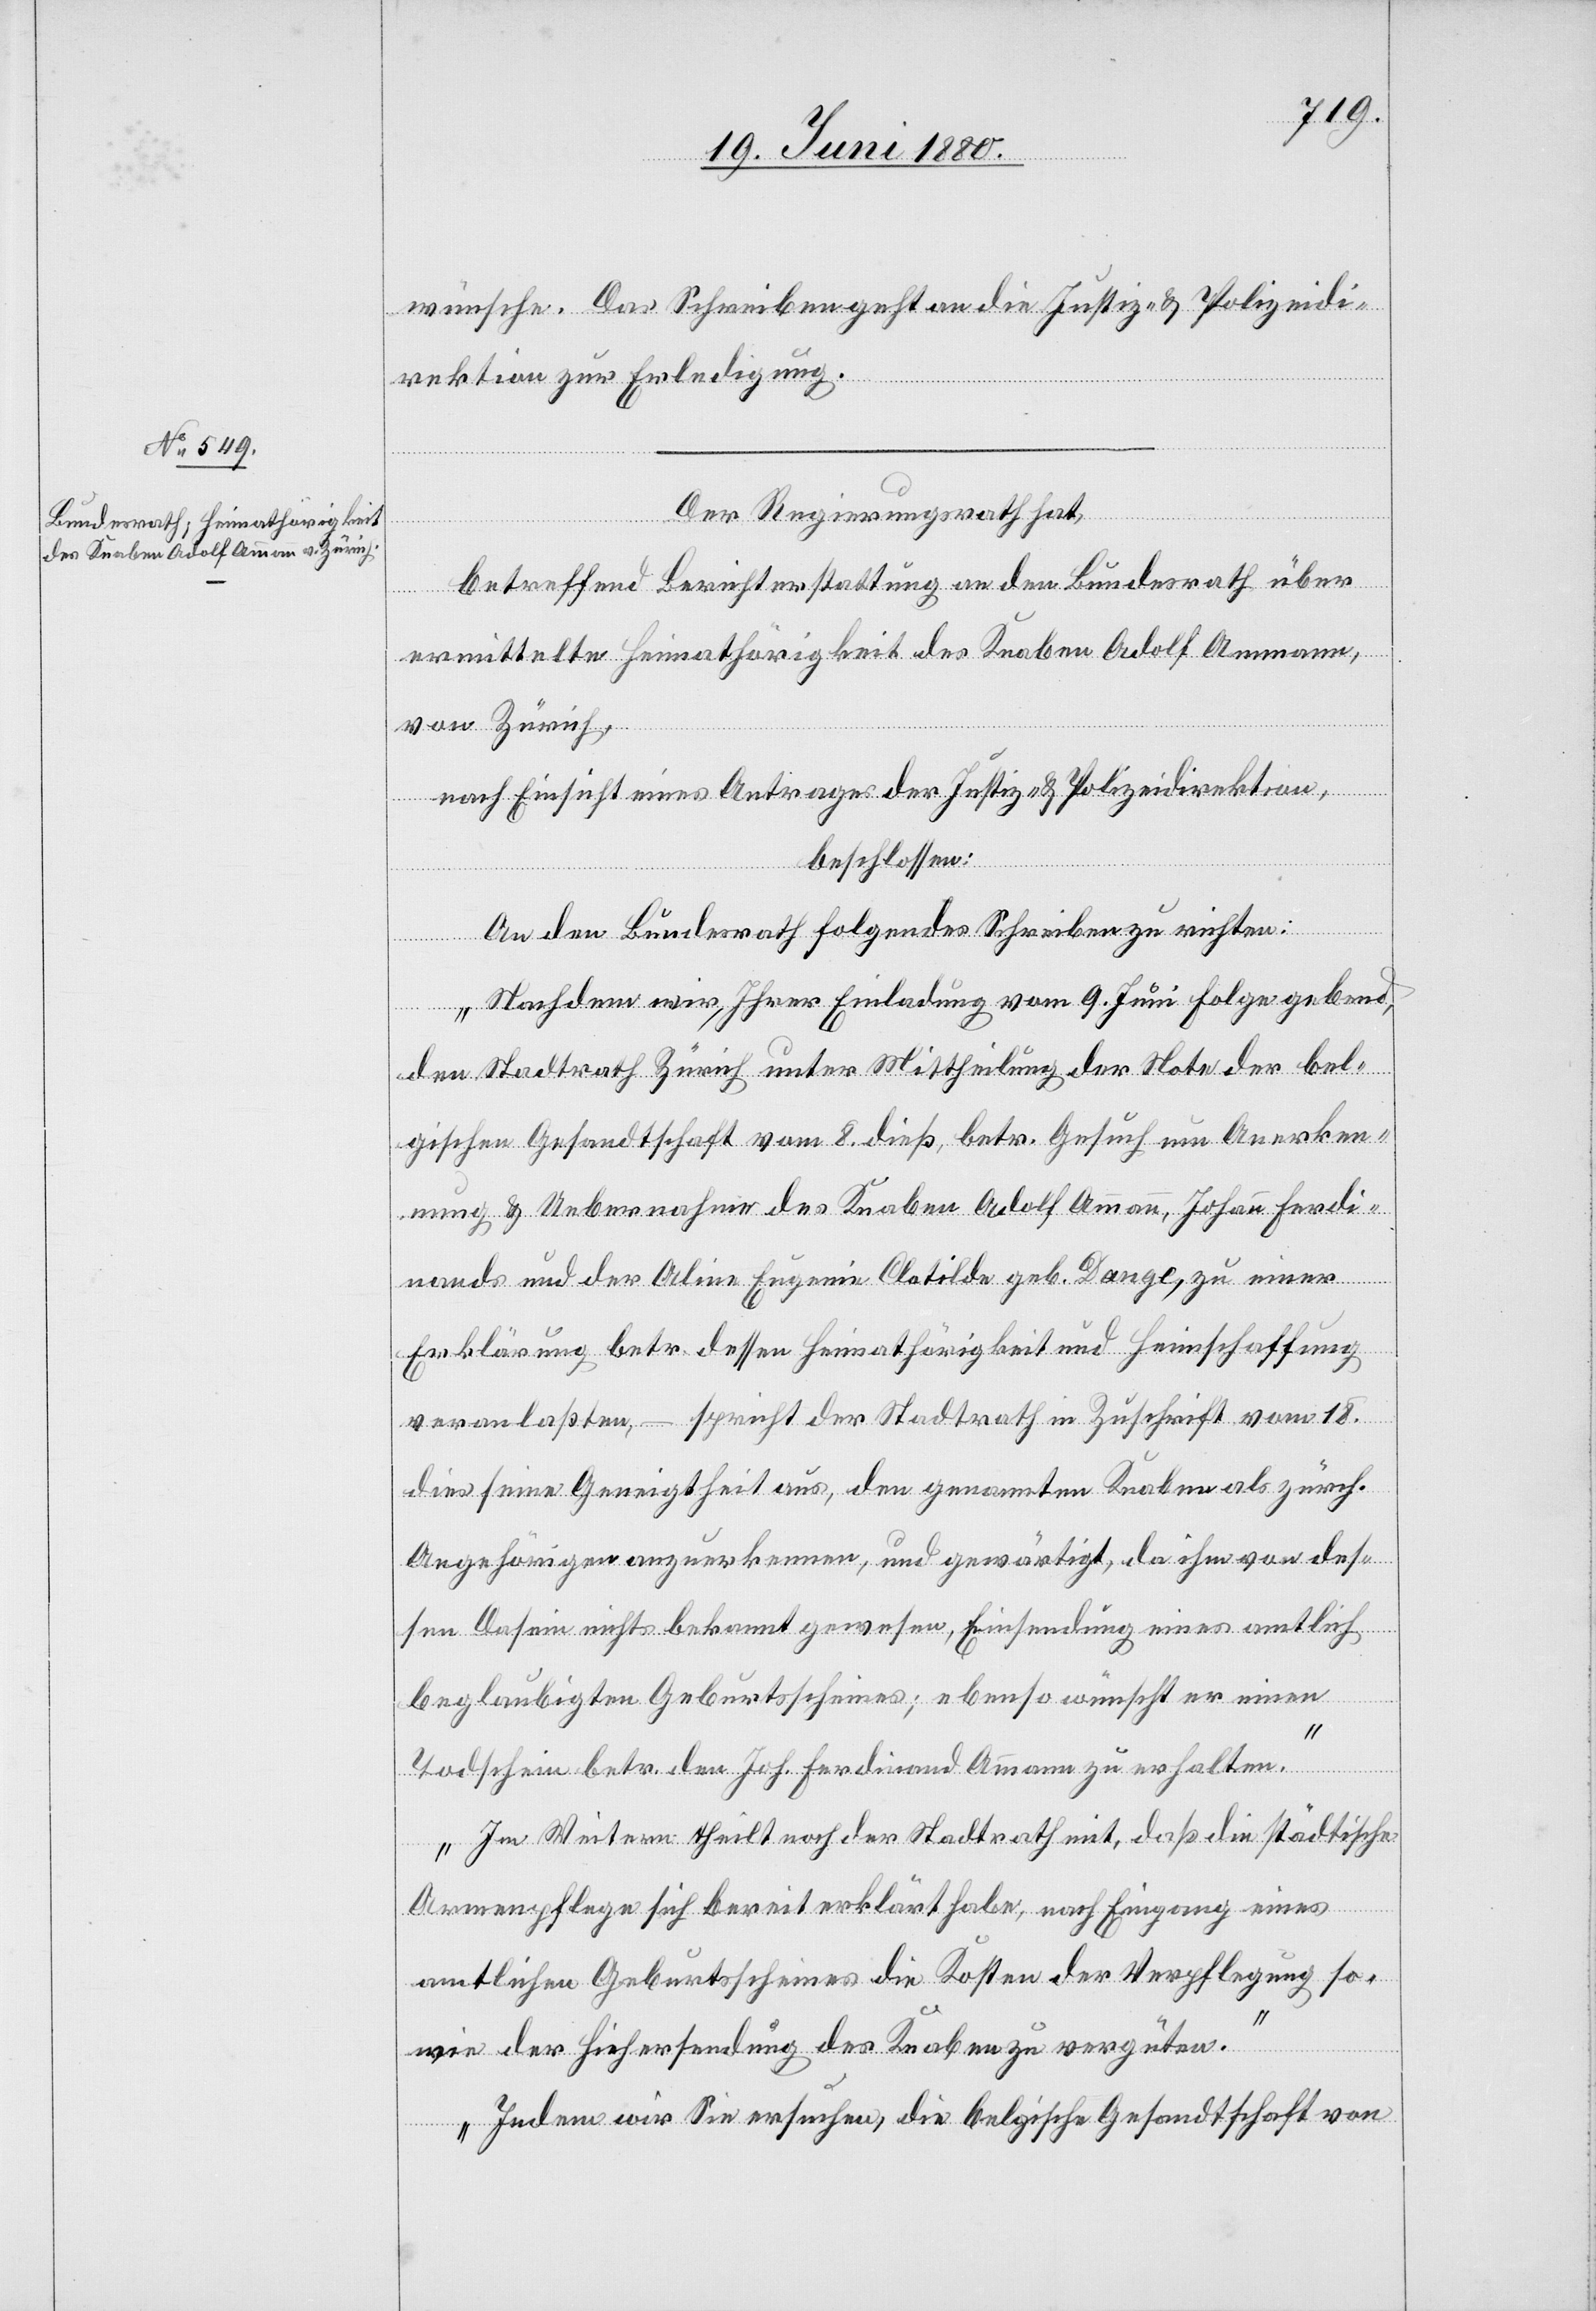
21. Juni 1880.]
wünsche. Das Schreiben geht an die Justiz- & Polizeidi¬
rektion zur Erledigung.
Der Regierungsrath hat,
betreffend Berichterstattung an den Bundesrath über
erfügungen.
ermittelte Heimathörigkeit des Knaben Adolf Ammann,
von Zürich,
nach Einsicht eines Antrages der Justiz- & Polizeidirektion,
beschlossen:
An den Bundesrath folgendes Schreiben zu richten:
„Nachdem wir Ihrer Einladung vom 9. Juni Folge gebend,
den Stadtrath Zürich unter Mittheilung der Note der bel¬
gischen Gesandtschaft vom 8. dieß, betr. Gesuch um Anerken¬
nung & Uebernahme des Knaben Adolf Ammann, Johann Ferdi¬
nands und der Aline Eugenie Clotilde geb. Dange, zu einer
Erklärung betr. dessen Heimathörigkeit und Heimschaffung
veranlaßten, – sprich der Stadtrath in Zuschrift vom 18.
dies seine Geneigtheit aus, den genannten Knaben als zürch.
Angehörigen anzuerkennen, und gewärtigt, da ihm von des¬
sen Dasein nichts bekannt gewesen, Einsendung eines amtlich
beglaubigten Geburtsscheines; ebenso wünscht er einen
Todschein betr. den Joh. Ferdinand Ammann zu erhalten.
Im Weitern theilt noch der Stadtrath mit, daß die städtische
Armenpflege sich bereit erklärt habe, nach Eingang eines
amtlichen Geburtsscheines die Kosten der Verpflegung so¬
wie der Hiehersendung des Knaben zu vergüten.
Indem wir Sie ersuchen, die belgische Gesandtschaft von